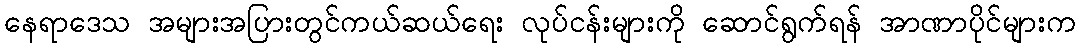
နေရာဒေသ အများအပြားတွင်ကယ်ဆယ်ရေး လုပ်ငန်းများကို ဆောင်ရွက်ရန် အာဏာပိုင်များက